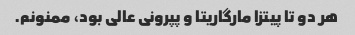
هر دو تا پیتزا مارگاریتا و پپرونی عالی بود، ممنونم.